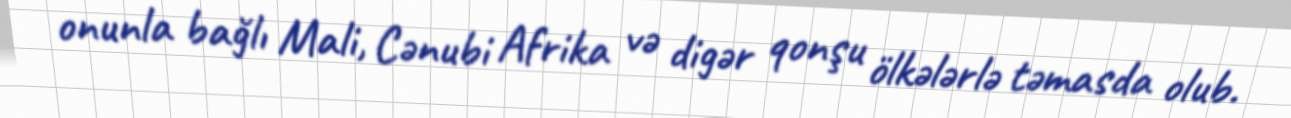
onunla bağlı Mali, Cənubi Afrika və digər qonşu ölkələrlə təmasda olub.